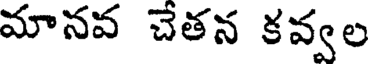
మానవ చేతన కవ్వల